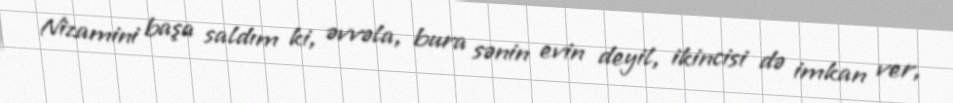
Nizamini başa saldım ki, əvvəla, bura sənin evin deyil, ikincisi də imkan ver,